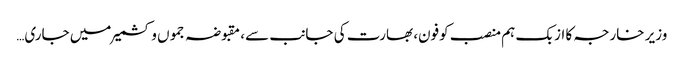
وزیر خارجہ کا ازبک ہم منصب کوفون، بھارت کی جانب سے، مقبوضہ جموں و کشمیر میں جاری…